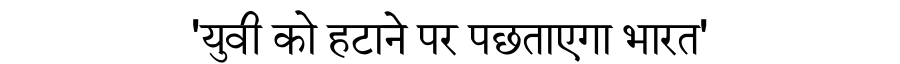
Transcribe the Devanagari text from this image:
'युवी को हटाने पर पछताएगा भारत'